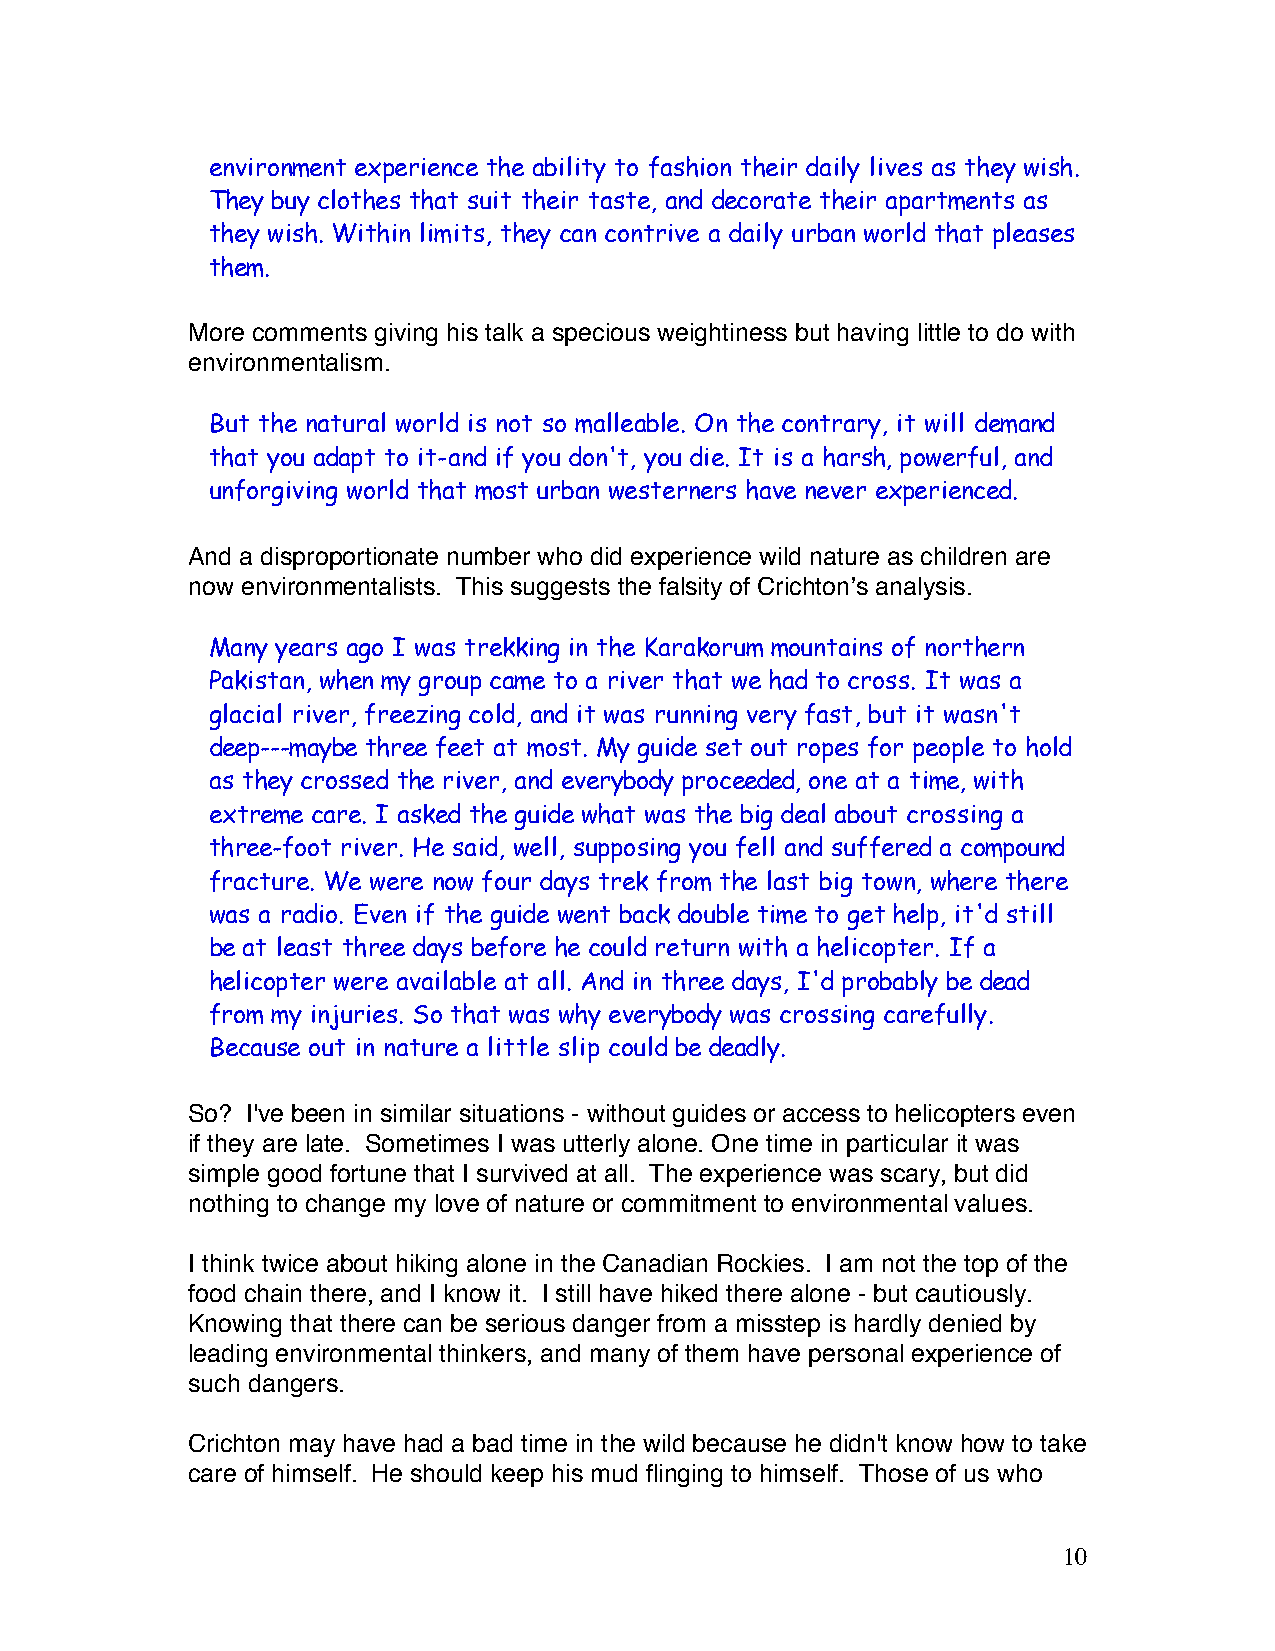
environment experience the ability to fashion their daily lives as they wish.
 They buy clothes that suit their taste, and decorate their apartments as
 they wish. Within limits, they can contrive a daily urban world that pleases
 them.
 More comments giving his talk a specious weightiness but having little to do with
 environmentalism.
 But the natural world is not so malleable. On the contrary, it will demand
 that you adapt to it-and if you don't, you die. It is a harsh, powerful, and
 unforgiving world that most urban westerners have never experienced.
 And a disproportionate number who did experience wild nature as children are
 now environmentalists. This suggests the falsity of Crichtonʼs analysis.
 Many years ago I was trekking in the Karakorum mountains of northern
 Pakistan, when my group came to a river that we had to cross. It was a
 glacial river, freezing cold, and it was running very fast, but it wasn't
 deep---maybe three feet at most. My guide set out ropes for people to hold
 as they crossed the river, and everybody proceeded, one at a time, with
 extreme care. I asked the guide what was the big deal about crossing a
 three-foot river. He said, well, supposing you fell and suffered a compound
 fracture. We were now four days trek from the last big town, where there
 was a radio. Even if the guide went back double time to get help, it'd still
 be at least three days before he could return with a helicopter. If a
 helicopter were available at all. And in three days, I'd probably be dead
 from my injuries. So that was why everybody was crossing carefully.
 Because out in nature a little slip could be deadly.
 So? I've been in similar situations - without guides or access to helicopters even
 if they are late. Sometimes I was utterly alone. One time in particular it was
 simple good fortune that I survived at all. The experience was scary, but did
 nothing to change my love of nature or commitment to environmental values.
 I think twice about hiking alone in the Canadian Rockies. I am not the top of the
 food chain there, and I know it. I still have hiked there alone - but cautiously.
 Knowing that there can be serious danger from a misstep is hardly denied by
 leading environmental thinkers, and many of them have personal experience of
 such dangers.
 Crichton may have had a bad time in the wild because he didn't know how to take
 care of himself. He should keep his mud flinging to himself. Those of us who
 10